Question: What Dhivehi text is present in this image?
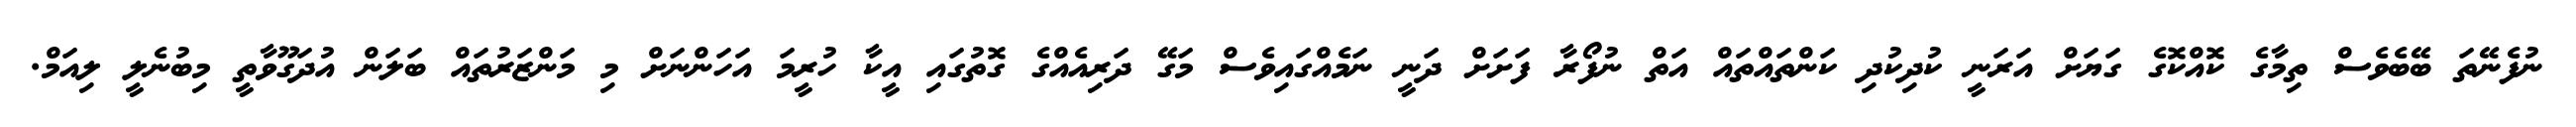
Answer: ނުފެނޭތަ ބޭބެވެސް ތިމާގެ ކޮއްކޮގެ ގަޔަށް އަރަނީ ކުދިކުދި ކަންތައްތައް އަތް ނުފޯރާ ފަށަށް ދަނީ ނަމެއްގައިވެސް މަގޭ ދަރިއެއްގެ ގޮތުގައި އީކާ ހުރީމަ އަހަންނަށް މި މަންޒަރުތައް ބަލަން އުދަގޫވާތީ މިބުނެލީ ލިއަމް.